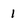
Character: 1